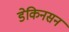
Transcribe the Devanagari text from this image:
डेकिनसन